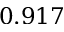
0 . 9 1 7